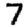
Digit: 7